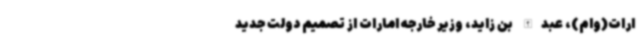
ارات(وام)، عبدالله بن زاید، وزیر خارجه امارات از تصمیم دولت جدید